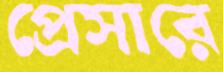
প্রেসারে